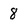
Character: 8